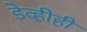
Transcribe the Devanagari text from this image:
डेव्हीही